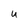
Character: U